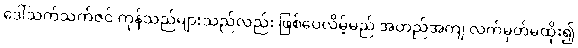
ဒေါ်သက်သက်ဇင် ကုန်သည်များသည်လည်း ဖြစ်ပေလိမ့်မည် အတည်အကျ လက်မှတ်မထိုး၍